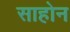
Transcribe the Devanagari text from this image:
साहोन